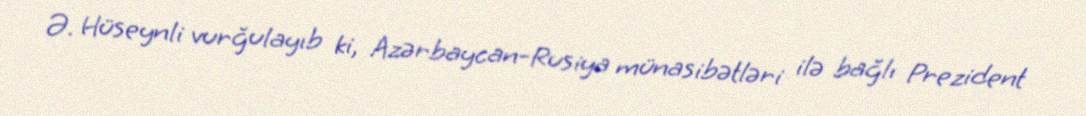
Ə. Hüseynli vurğulayıb ki, Azərbaycan-Rusiya münasibətləri ilə bağlı Prezident